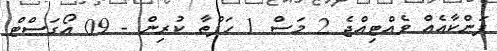
ފަންކާއެއް ވެއްޓިއްޖެ 2 މަސް 1 ހަފްތާ ކުރިން - 09 އޯގަސްޓް